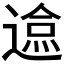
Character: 𲅬